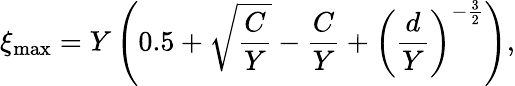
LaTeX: \xi_{\mathrm{max}}=Y\left(0.5+\sqrt\frac{C}{Y}-\frac{C}{Y}+\left(\frac{d}{Y}\right)^{-\frac{3}{2}}\right),